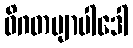
ဝိဂတဗျာပါဒေါ